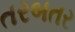
તરબતર